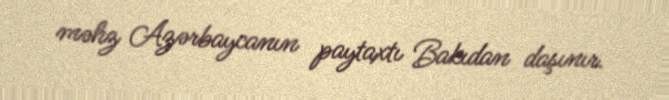
məhz Azərbaycanın paytaxtı Bakıdan daşınır.